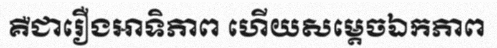
គឺជារឿងអាទិភាព ហើយសម្តេចឯកភាព